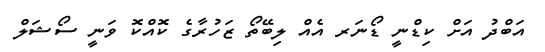
އަބްދު އަށް ކިޑްނީ ޑޯނަރ އެއް ލިބޭތޯ ޒަހުރާގެ ކޮއްކޮ ވަނީ ސޯޝަލް